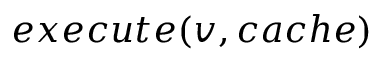
e x e c u t e ( v , c a c h e )